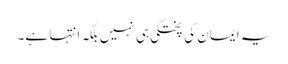
یہ ایمان کی پختگی ہی نہیں بلکہ انتہا ہے۔